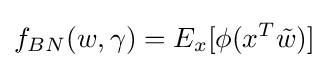
f_{BN}(w,\gamma )=E_{x}[\phi (x^{T}{\tilde {w}})]